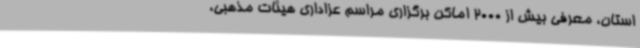
استان، معرفی بیش از 2000 اماکن برگزاری مراسم عزاداری هیئات مذهبی،